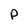
Character: p